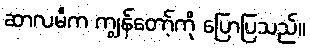
ဆာလမီက ကျွန်တော့်ကို ပြောပြသည်။